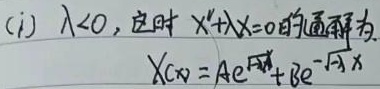
(i) $\lambda<0$，这时 $X''+\lambda X = 0$ 的通解为
\[X(x)=Ae^{\sqrt{-\lambda}x}+Be^{-\sqrt{-\lambda}x}\]